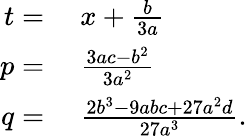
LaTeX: \begin{array}{rl}{t={}}&{{}x+{\frac{b}{3a}}}\\ {p={}}&{{}{\frac{3ac-b^{2}}{3a^{2}}}}\\ {q={}}&{{}{\frac{2b^{3}-9abc+27a^{2}d}{27a^{3}}}.}\end{array}